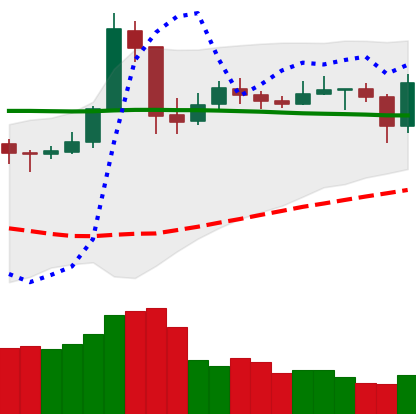
Ticker: NEO-USD
Chart end date: 2020-05-22
Forward return: -3.551%
Label: down_3_5